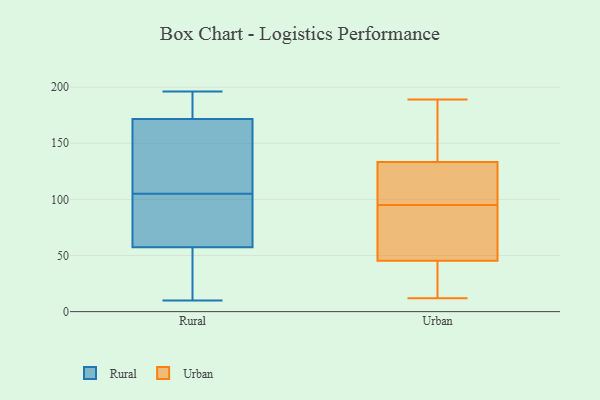
{"axis": {"x": "Waste Production (Tons)", "y": "Value"}, "legend": ["Rural", "Urban"], "data": [{"x": "", "y": 187, "type": "Rural"}, {"x": "", "y": 82, "type": "Rural"}, {"x": "", "y": 175, "type": "Rural"}, {"x": "", "y": 23, "type": "Rural"}, {"x": "", "y": 141, "type": "Rural"}, {"x": "", "y": 105, "type": "Rural"}, {"x": "", "y": 34, "type": "Rural"}, {"x": "", "y": 10, "type": "Rural"}, {"x": "", "y": 62, "type": "Rural"}, {"x": "", "y": 87, "type": "Rural"}, {"x": "", "y": 89, "type": "Rural"}, {"x": "", "y": 171, "type": "Rural"}, {"x": "", "y": 196, "type": "Rural"}, {"x": "", "y": 127, "type": "Rural"}, {"x": "", "y": 173, "type": "Rural"}, {"x": "", "y": 116, "type": "Rural"}, {"x": "", "y": 43, "type": "Rural"}, {"x": "", "y": 114, "type": "Urban"}, {"x": "", "y": 94, "type": "Urban"}, {"x": "", "y": 56, "type": "Urban"}, {"x": "", "y": 169, "type": "Urban"}, {"x": "", "y": 95, "type": "Urban"}, {"x": "", "y": 37, "type": "Urban"}, {"x": "", "y": 137, "type": "Urban"}, {"x": "", "y": 132, "type": "Urban"}, {"x": "", "y": 105, "type": "Urban"}, {"x": "", "y": 43, "type": "Urban"}, {"x": "", "y": 46, "type": "Urban"}, {"x": "", "y": 189, "type": "Urban"}, {"x": "", "y": 12, "type": "Urban"}]}